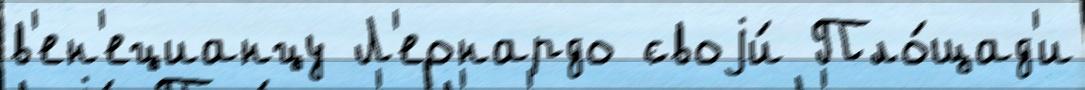
в'ен'ецианцу Л'еонардо своjи́ Пло́щад'и